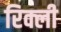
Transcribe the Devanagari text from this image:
रिक्ली